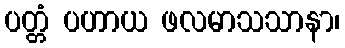
ပတ္တံ ပဟာယ ဖလမာသသာနာ၊